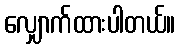
လျှောက်ထားပါတယ်။